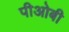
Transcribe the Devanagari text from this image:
पीओबी